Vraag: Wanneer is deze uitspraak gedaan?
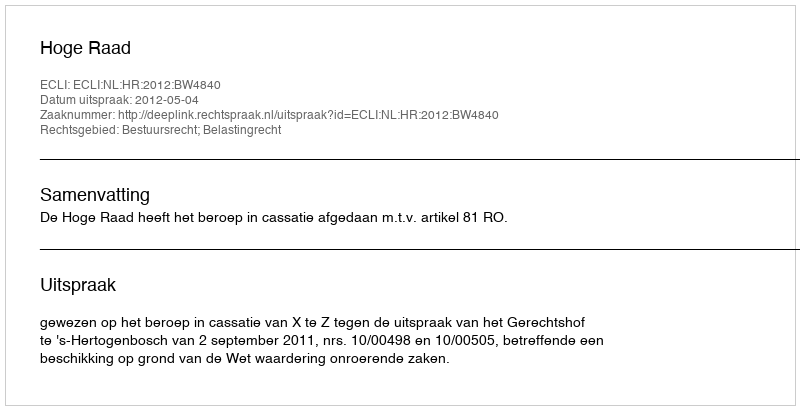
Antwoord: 2012-05-04